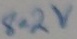
Text: 8.2V